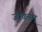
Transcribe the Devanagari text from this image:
जीवनम्‌